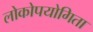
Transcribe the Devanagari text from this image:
लोकोपयोगिता